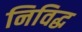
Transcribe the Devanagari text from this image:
निविद्ध